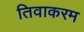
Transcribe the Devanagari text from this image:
तिवाकरम